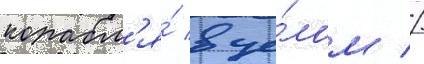
корабл'я́ в це́лом //